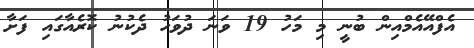
އެފްއޭއެމްއިން ބުނީ މި މަހު 19 ވަނަ ދުވަހު ދެކުނު ކޮރެއާގައި ފަށާ